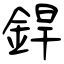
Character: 銲